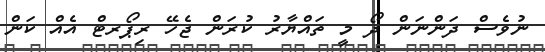
ނުވެސް ދަންނަން ދޯ މީ ތައްޔާރު ކުރަން ޖެހޭ ރިޕޯރޓް އެއް ކަން